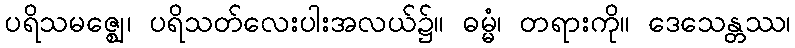
ပရိသမဇ္ဈေ၊ ပရိသတ်လေးပါးအလယ်၌။ ဓမ္မံ၊ တရားကို။ ဒေသေန္တဿ၊